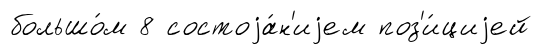
большо́м 8 состоjа́н'иjем поз'и́циjей